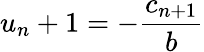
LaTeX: u_{n}+1=-\frac{c_{n+1}}{b}